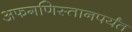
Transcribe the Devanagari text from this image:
अफगणिस्तानपर्यंत